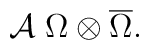
{\cal A}\; \Omega \otimes \overline{\Omega}.